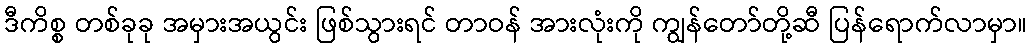
ဒီကိစ္စ တစ်ခုခု အမှားအယွင်း ဖြစ်သွားရင် တာဝန် အားလုံးကို ကျွန်တော်တို့ဆီ ပြန်ရောက်လာမှာ။